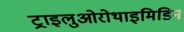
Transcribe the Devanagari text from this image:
ट्राइलुओरोथाइमिडिन